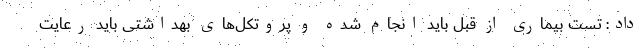
داد: تست بیماری از قبل باید انجام شده و پروتکل‌های بهداشتی باید رعایت